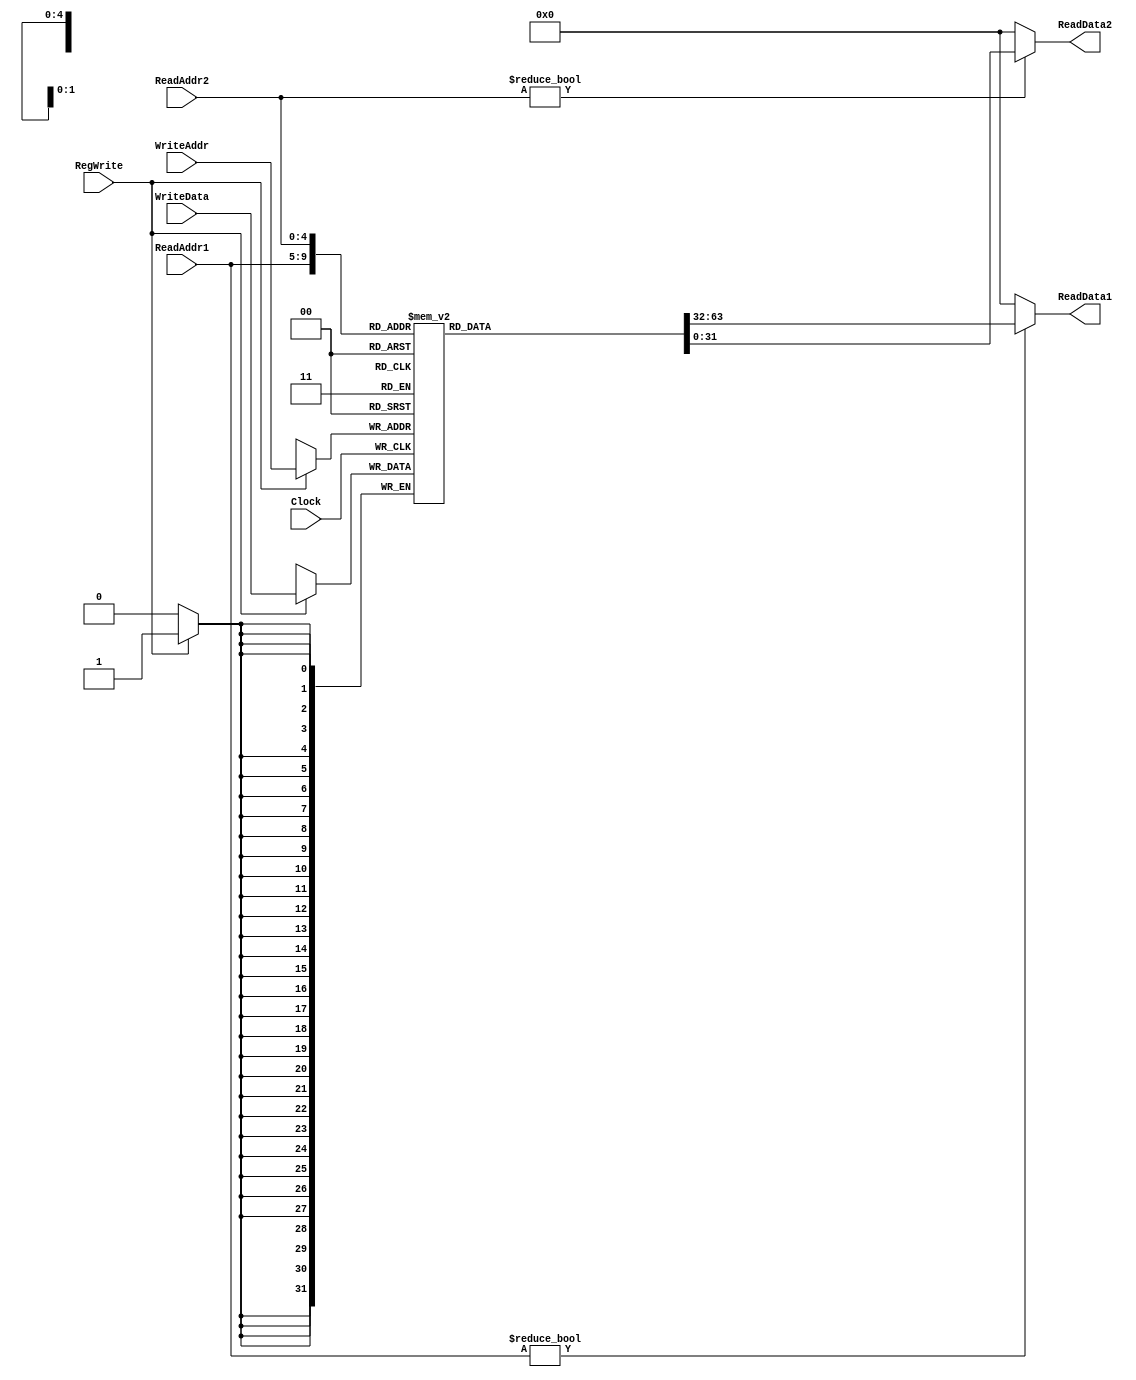
module RegisterFile
   (ReadData1,ReadData2,WriteData,ReadAddr1,ReadAddr2,WriteAddr,RegWrite,Clock);

   //Port Declarations
   output [31:0] ReadData1,ReadData2;
   input [31:0]  WriteData;
   input [4:0] 	 ReadAddr1,ReadAddr2,WriteAddr;
   input 	 RegWrite,Clock;

   reg [31:0] 	 RegFile [0:31];
   integer 	 i;

   initial
     begin
	for(i=1;i<31;i=i+1)
	  RegFile[i] = i;
     end
   

   //register 0 hardwired to 0
   initial
     begin
	RegFile[0] = 32'd0;
     end

   always @(posedge Clock)
     begin
	if (RegWrite) RegFile[WriteAddr] <= WriteData;
	for(i=0;i<32;i=i+1)
	  $display($time,":reg %d-%d:",i,RegFile[i]);
     end

   assign ReadData1 = (ReadAddr1) ? RegFile[ReadAddr1] : 32'd0;
   assign ReadData2 = (ReadAddr2) ? RegFile[ReadAddr2] : 32'd0;
   
endmodule // RegisterFile